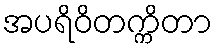
အပရိဝိတက္ကိတာ